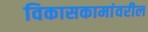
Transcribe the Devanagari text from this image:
विकासकामांवरील